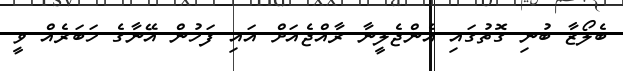
ބެލޯޒާ ބުނި ގޮތުގައި އެންޖެލީނާ ރާއްޖެއަށް އައި ފަހުން އޭނާގެ ޚަބަރެއް ވީ